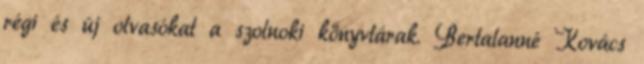
régi és új olvasókat a szolnoki könyvtárak. Bertalanné Kovács